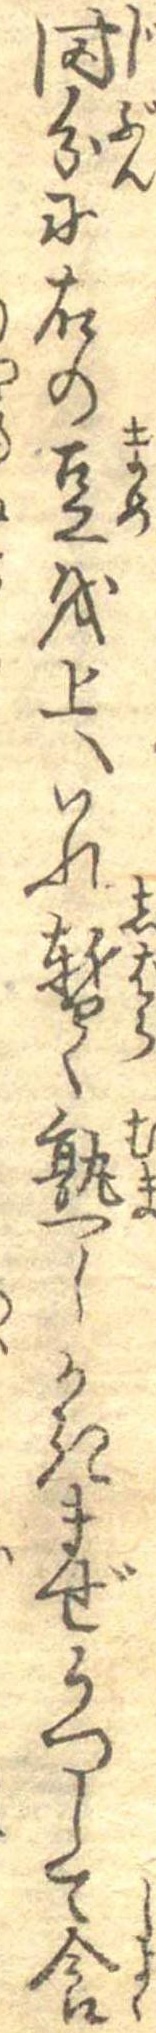
時分に右の豆を上へいれ暫く熟しかきまぜうつして食